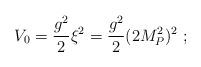
LaTeX: \begin{align*}V_0 = \frac{g^2}2 \xi^2 = \frac{g^2}2 (2 M_P^2)^2 \;;\end{align*}